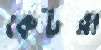
কেটরা